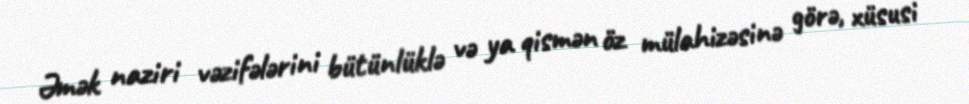
Əmək naziri vəzifələrini bütünlüklə və ya qismən öz mülahizəsinə görə, xüsusi